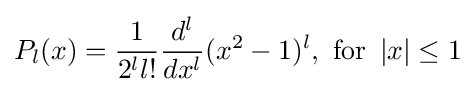
P_{l}(x)={1 \over 2^{l}l!}{d^{l} \over dx^{l}}(x^{2}-1)^{l},{\text{ for }}\left|x\right|\leq 1